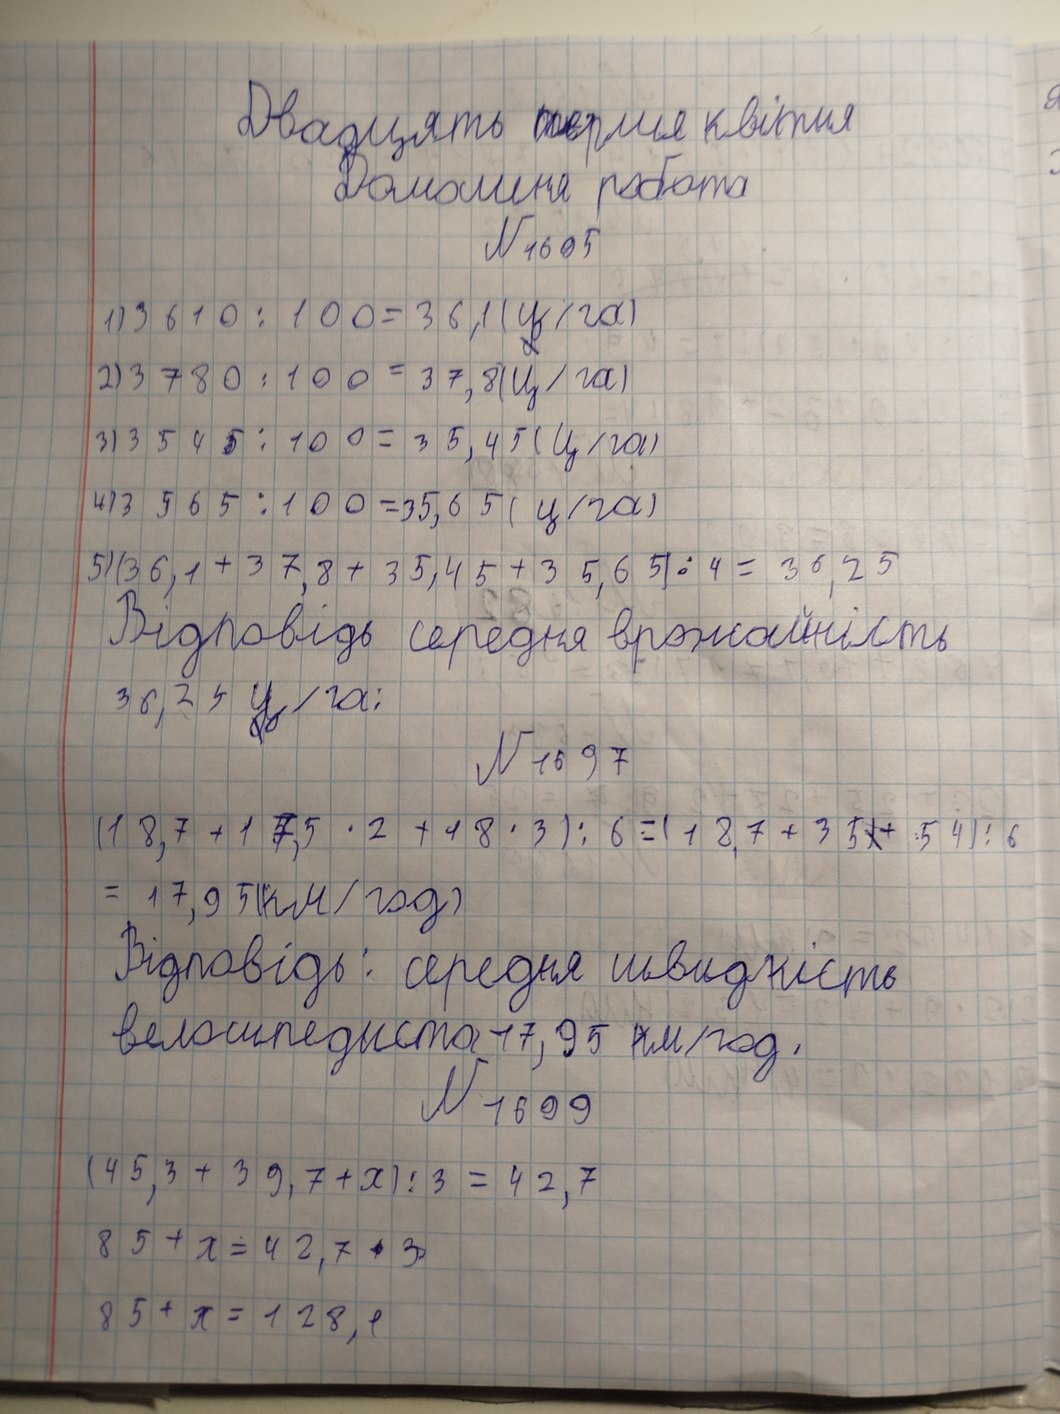
Двадцять перше квітня
Домашня робота
№ 1605
1) 3610 : 100 = 36,1 (ц/га)
2) 3780 : 100 = 37,8 (ц/га)
3) 3545 : 100 = 35,45 (ц/га)
4) 3565 : 100 = 35,65 (ц/га)
5) (36,1 + 37,8 + 35,45 + 35,65) : 4 = 36,25
Відповідь середня врожайність
36, 25 ц /га;
№ 1697
(18,7 + 17,5 * 2 + 18 * 3) : 6 = (18,7 + 35~~)~~ + 54) : 6
= 17,95 (км/год)
Відповідь: середня швидкість
велосипедиста 17,95 км/год.
№ 1699
(45,3 + 39,7 + x) : 3 = 42,7
85 + x = 42, 7 + 3
85 + x = 128, 1